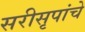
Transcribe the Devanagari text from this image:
सरीसृपांचे